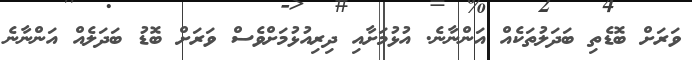
ވަރަށް ބޮޑެތި ބަދަލުތަކެއް އަންނާނެ. އުޅުމަށާއި ދިރިއުޅުމަށްވެސް ވަރަށް ބޮޑު ބަދަލެއް އަންނާނެ